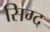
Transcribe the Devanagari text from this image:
सिग्द